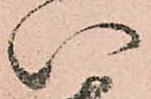
い